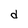
Character: d